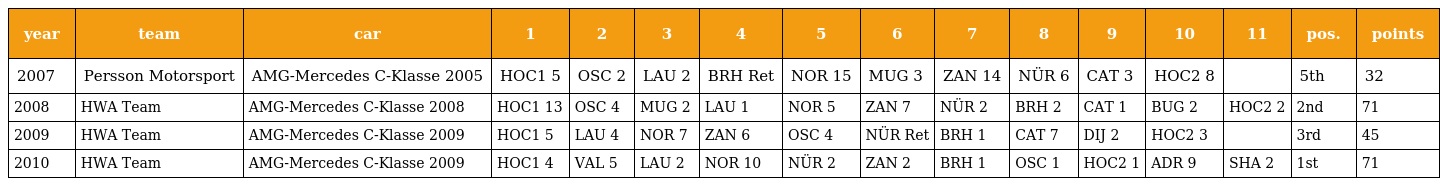
| year | team | car | 1 | 2 | 3 | 4 | 5 | 6 | 7 | 8 | 9 | 10 | 11 | pos. | points |
 | --- | --- | --- | --- | --- | --- | --- | --- | --- | --- | --- | --- | --- | --- | --- | --- |
 | 2007 | Persson Motorsport | AMG-Mercedes C-Klasse 2005 | HOC1 5 | OSC 2 | LAU 2 | BRH Ret | NOR 15 | MUG 3 | ZAN 14 | NÜR 6 | CAT 3 | HOC2 8 |  | 5th | 32 |
 | 2008 | HWA Team | AMG-Mercedes C-Klasse 2008 | HOC1 13 | OSC 4 | MUG 2 | LAU 1 | NOR 5 | ZAN 7 | NÜR 2 | BRH 2 | CAT 1 | BUG 2 | HOC2 2 | 2nd | 71 |
 | 2009 | HWA Team | AMG-Mercedes C-Klasse 2009 | HOC1 5 | LAU 4 | NOR 7 | ZAN 6 | OSC 4 | NÜR Ret | BRH 1 | CAT 7 | DIJ 2 | HOC2 3 |  | 3rd | 45 |
 | 2010 | HWA Team | AMG-Mercedes C-Klasse 2009 | HOC1 4 | VAL 5 | LAU 2 | NOR 10 | NÜR 2 | ZAN 2 | BRH 1 | OSC 1 | HOC2 1 | ADR 9 | SHA 2 | 1st | 71 |